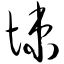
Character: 悚